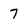
Character: 7